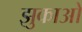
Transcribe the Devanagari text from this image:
झुकाओ